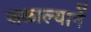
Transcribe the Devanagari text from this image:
जळाल्यानें